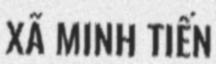
XÃ MINH TIẾN